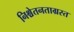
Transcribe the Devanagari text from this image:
निश्चेतनताग्रस्त